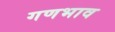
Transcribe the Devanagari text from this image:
गणभाव